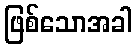
ဖြစ်သောအခါ